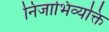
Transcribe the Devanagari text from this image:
निजाभिव्यक्ति